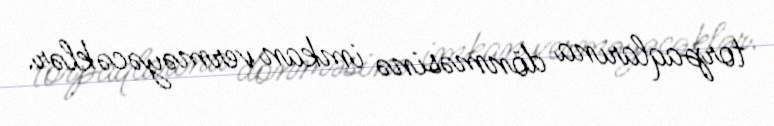
torpaqlarına dönməsinə imkan verməyəcəklər.